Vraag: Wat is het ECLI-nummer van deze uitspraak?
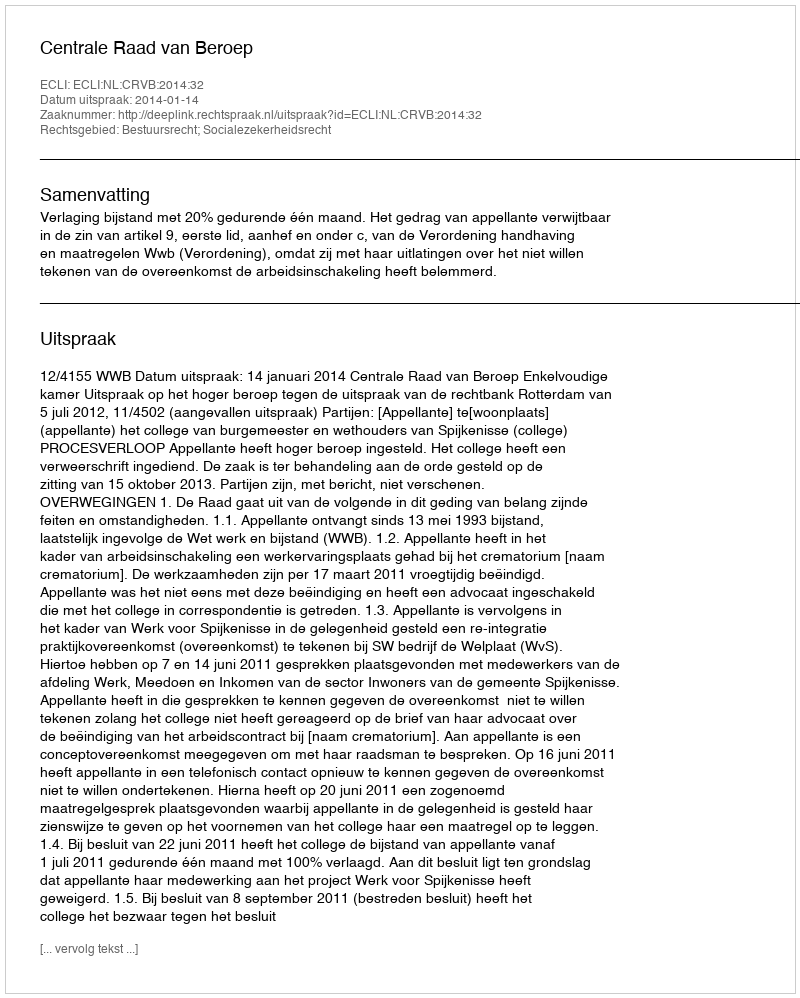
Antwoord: ECLI:NL:CRVB:2014:32